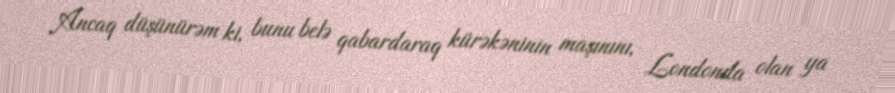
Ancaq düşünürəm ki, bunu belə qabardaraq kürəkəninin maşınını, Londonda olan ya